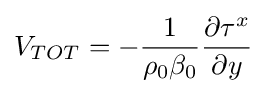
V_{TOT}=-{\frac {1}{\rho _{0}\beta _{0}}}{\frac {\partial \tau ^{x}}{\partial y}}